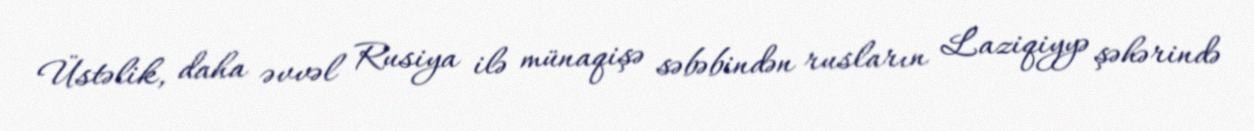
Üstəlik, daha əvvəl Rusiya ilə münaqişə səbəbindən rusların Laziqiyyə şəhərində